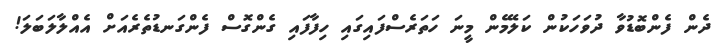
ދެން ފެންބޮޑުވާ ދުވަހަކުން ކަލޭމެން މީނަ ހަތަރެސްފައިގައި ހިފާފައި ގެންގޮސް ފެންގަނޑުތެރެއަށް އެއްލާލަބަލަ!